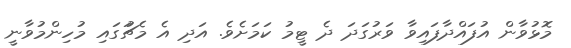
މޮޅުވާން އުފައްދާފައިވާ ވަރުގަދަ ދެ ޓީމު ކަމަށެވެ. އަދި އެ މެޗުަގައި މުހިންމުވާނީ